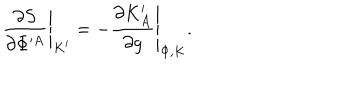
\left. { \frac { \partial S } { \partial \Phi ^ { \prime A } } } \right| _ { K ^ { \prime } } = - \left. { \frac { \partial K _ { A } ^ { \prime } } { \partial g } } \right| _ { \Phi , K } .